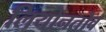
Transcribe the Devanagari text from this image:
लियोनतोव